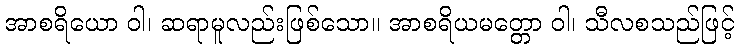
အာစရိယော ဝါ၊ ဆရာမူလည်းဖြစ်သော။ အာစရိယမတ္တော ဝါ၊ သီလစသည်ဖြင့်